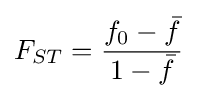
F_{ST}={\frac {f_{0}-{\bar {f}}}{1-{\bar {f}}}}